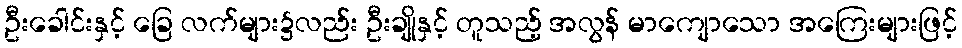
ဦးခေါင်းနှင့် ခြေ လက်များ၌လည်း ဦးချိုနှင့် တူသည့် အလွန် မာကျောသော အကြေးများဖြင့်